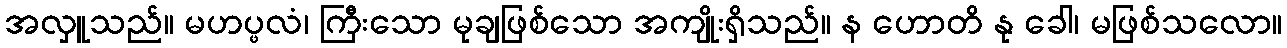
အလှူသည်။ မဟပ္ဖလံ၊ ကြီးသော မုချဖြစ်သော အကျိုးရှိသည်။ န ဟောတိ နု ခေါ၊ မဖြစ်သလော။